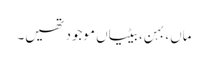
ماں، بہن، بیٹیاں موجود تھیں۔